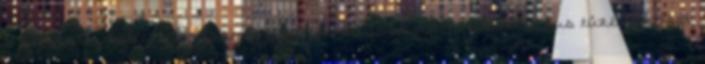
a helyes mûködését egyszerre nem akadályozhatja: a automatikus tûzérzékelést;